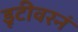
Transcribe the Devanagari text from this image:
डूटीवरनं